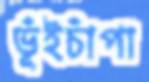
ভূঁইচাঁপা